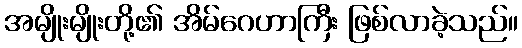
အမျိုးမျိုးတို့၏ အိမ်ဂေဟာကြီး ဖြစ်လာခဲ့သည်။